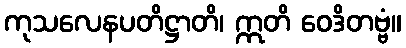
ကုသလေနပတိဋ္ဌာတိ၊ ဣတိ ဝေဒိတဗ္ဗံ။